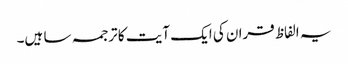
یہ الفاظ قران کی ایک آیت کا ترجمہ سا ہیں۔